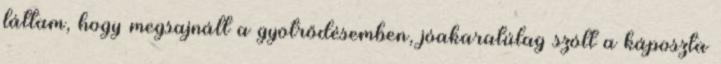
láttam, hogy megsajnált a gyötrődésemben, jóakaratúlag szólt a káposzta